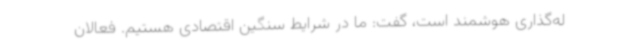
له‌گذاری هوشمند است، گفت: ما در شرایط سنگین اقتصادی هستیم. فعالان